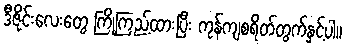
ဒီဇိုင်းလေးတွေ ကြိုကြည့်ထားပြီး ကုန်ကျစရိတ်တွက်နှင့်ပါ။